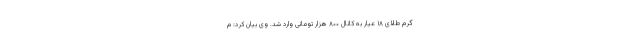
گرم طلای ۱۸ عیار به کانال ۸۰۰ هزار تومانی وارد شد. وی بیان کرد: م